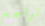
نراجع